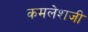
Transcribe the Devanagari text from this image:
कमलेशजी